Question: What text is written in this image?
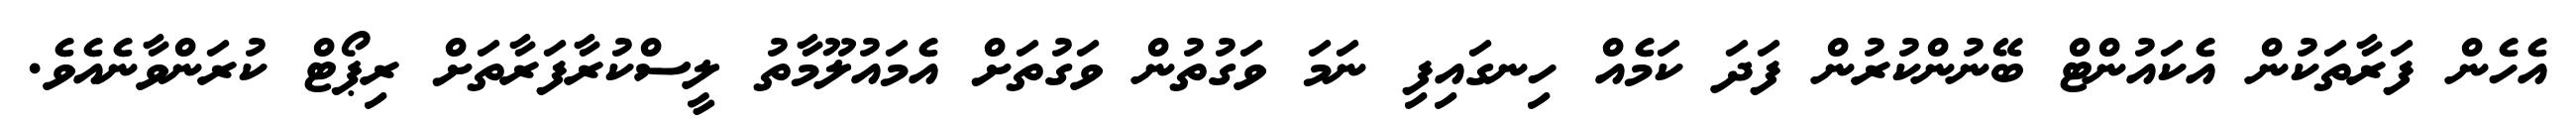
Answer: އެހެން ފަރާތަކުން އެކައުންޓް ބޭނުންކުރުން ފަދަ ކަމެއް ހިނގައިފި ނަމަ ވަގުތުން ވަގުތަށް އެމައުލޫމާތު ލީސްކުރާފަރާތަށް ރިޕޯޓް ކުރަންވާނެއެވެ.